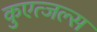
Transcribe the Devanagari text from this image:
कुएत्जल्स